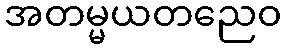
အတမ္မယတညေဝ